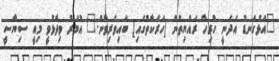
"އަޅުގަނޑު އެދެނީ ހުރިހާ ރައްޔިތުން [ހަރަކާތުގައި] ބައިވެރިވާން." އުމަރު ވިދާޅުވީ މިއީ ސިޔާސީ